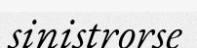
sinistrorse